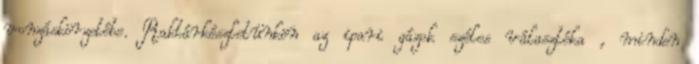
vonzáskörzetébe. Raktárkészletünkön az ipari gázok széles választéka , minden